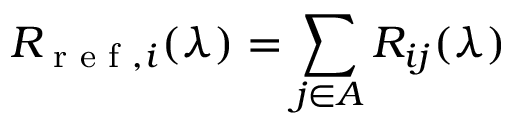
R _ { \textrm { r e f } , i } ( \lambda ) = \sum _ { j \in A } R _ { i j } ( \lambda )